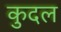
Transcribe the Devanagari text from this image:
कुदल